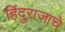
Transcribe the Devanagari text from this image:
हिंदुराजाचे